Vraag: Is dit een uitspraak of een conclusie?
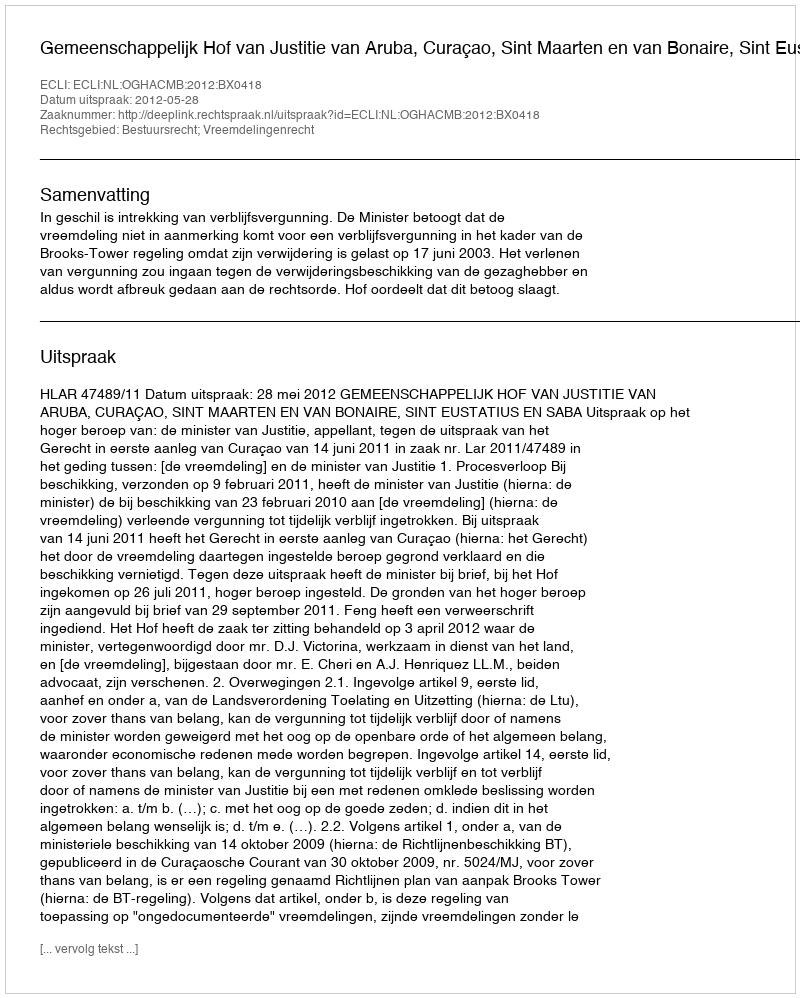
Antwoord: Uitspraak